Calcutta medical institutions reports 1892-1900
Year: 1892
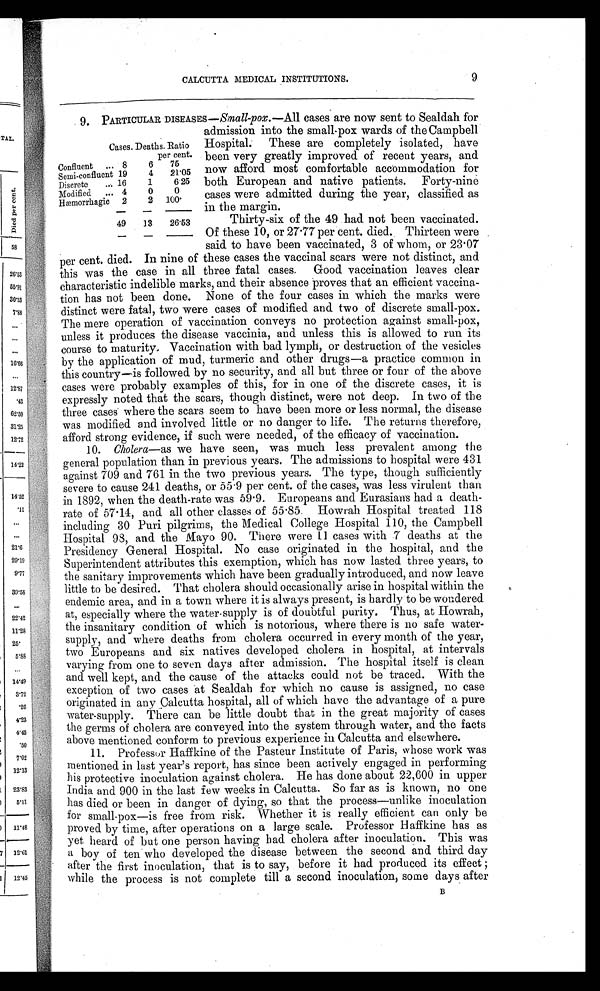
9
CALCUTTA MEDICAL INSTITUTIONS.
9. PARTICULAR DISEASES—Small-pox. —All cases are now sent to Sealdah for
admission into the small-pox wards of the Campbell
Cases. Deaths. Ratio
per cent.
Confluent ... 8
6
75
Semi-confluent 19
4
21.05
Discrete
... 16
1
6.25
Modified
... 4
0
0
Hæmorrhagic 2
2
100.
49
13
26.53
Hospital. These are completely isolated, have
been very greatly improved of recent years, and
now afford most comfortable accommodation for
both European and native patients. Forty-nine
cases were admitted during the year, classified as
in the margin.
Thirty-six of the 49 had not been vaccinated.
Of these 10, or 27.77 per cent. died. Thirteen were
said to have been vaccinated, 3 of whom, or 23.07
per cent. died. In nine of these cases the vaccinal scars were not distinct, and
this was the case in all three fatal cases. Good vaccination leaves clear
characteristic indelible marks, and their absence proves that an efficient vaccina-
tion has not been done. None of the four cases in which the marks were
distinct were fatal, two were cases of modified and two of discrete small-pox.
The mere operation of vaccination conveys no protection against small-pox,
unless it produces the disease vaccinia, and unless this is allowed to run its
course to maturity. Vaccination with bad lymph, or destruction of the vesicles
by the application of mud, turmeric and other drugs—a practice common in
this country—is followed by no security, and all but three or four of the above
cases were probably examples of this, for in one of the discrete cases, it is
expressly noted that the scars, though distinct, were not deep. In two of the
three cases where the scars seem to have been more or less normal, the disease
was modified and involved little or no danger to life. The returns therefore,
afford strong evidence, if such were needed, of the efficacy of vaccination.
10. Cholera—as we have seen, was much less prevalent among the
general population than in previous years. The admissions to hospital were 431
against 709 and 761 in the two previous years. The type, though sufficiently
severe to cause 241 deaths, or 55.9 per cent. of the cases, was less virulent than
in 1892, when the death-rate was 59.9. Europeans and Eurasians had a death-
rate of 57.14, and all other classes of 55.85. Howrah Hospital treated 118
including 30 Puri pilgrims, the Medical College Hospital 110, the Campbell
Hospital 98, and the Mayo 90. There were 11 cases with 7 deaths at the
Presidency General Hospital. No case originated in the hospital, and the
Superintendent attributes this exemption, which has now lasted three years, to
the sanitary improvements which have been gradually introduced, and now leave
little to be desired. That cholera should occasionally arise in hospital within the
endemic area, and in a town where it is always present, is hardly to be wondered
at, especially where the water supply is of doubtful purity. Thus, at Howrah,
the insanitary condition of which is notorious, where there is no safe water-
supply, and where deaths from cholera occurred in every month of the year,
two Europeans and six natives developed cholera in hospital, at intervals
varying from one to seven days after admission. The hospital itself is clean
and well kept, and the cause of the attacks could not be traced. With the
exception of two cases at Sealdah for which no cause is assigned, no case
originated in any Calcutta hospital, all of which have the advantage of a pure
water-supply. There can be little doubt that in the great majority of cases
the germs of cholera are conveyed into the system through water, and the facts
above mentioned conform to previous experience in Calcutta and elsewhere.
11. Professor Haffkine of the Pasteur Institute of Paris, whose work was
mentioned in last year's report, has since been actively engaged in performing
his protective inoculation against cholera. He has done about 22,600 in upper
India and 900 in the last few weeks in Calcutta. So far as is known, no one
has died or been in danger of dying, so that the process—unlike inoculation
for small-pox—is free from risk. Whether it is really efficient can only be
proved by time, after operations on a large scale. Professor Haffkine has as
yet heard of but one person having had cholera after inoculation. This was
a boy of ten who developed the disease between the second and third day
after the first inoculation, that is to say, before it had produced its effect ;
while the process is not complete till a second inoculation, some days after
B